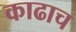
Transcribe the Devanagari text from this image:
काढाच